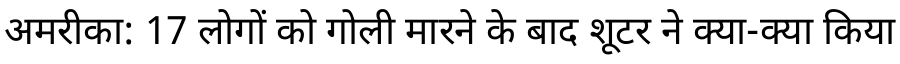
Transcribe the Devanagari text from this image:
अमरीका: 17 लोगों को गोली मारने के बाद शूटर ने क्या-क्या किया